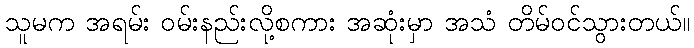
သူမက အရမ်း ဝမ်းနည်းလို့စကား အဆုံးမှာ အသံ တိမ်ဝင်သွားတယ်။